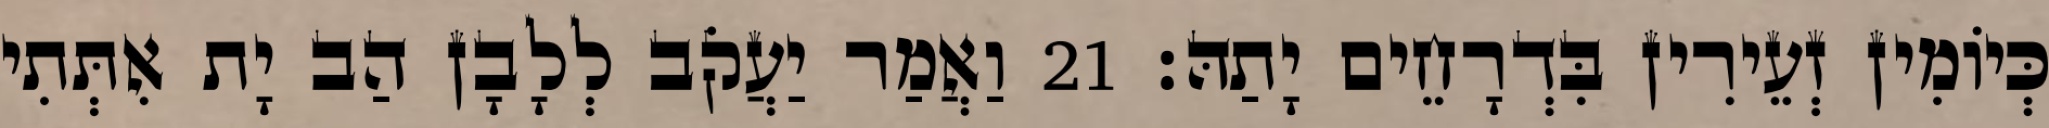
כְּיוֹמִין זְעֵירִין בִּדְרָחֵים יָתַהּ׃ 21 וַאֲמַר יַעֲקֹב לְלָבָן הַב יָת אִתְּתִי